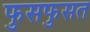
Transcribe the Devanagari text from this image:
फुसफुसत